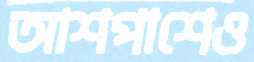
আশপাশেও